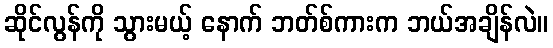
ဆိုင်လွန်ကို သွားမယ့် နောက် ဘတ်စ်ကားက ဘယ်အချိန်လဲ။